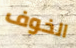
الخوف